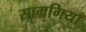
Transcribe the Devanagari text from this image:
साम्रगियाँ